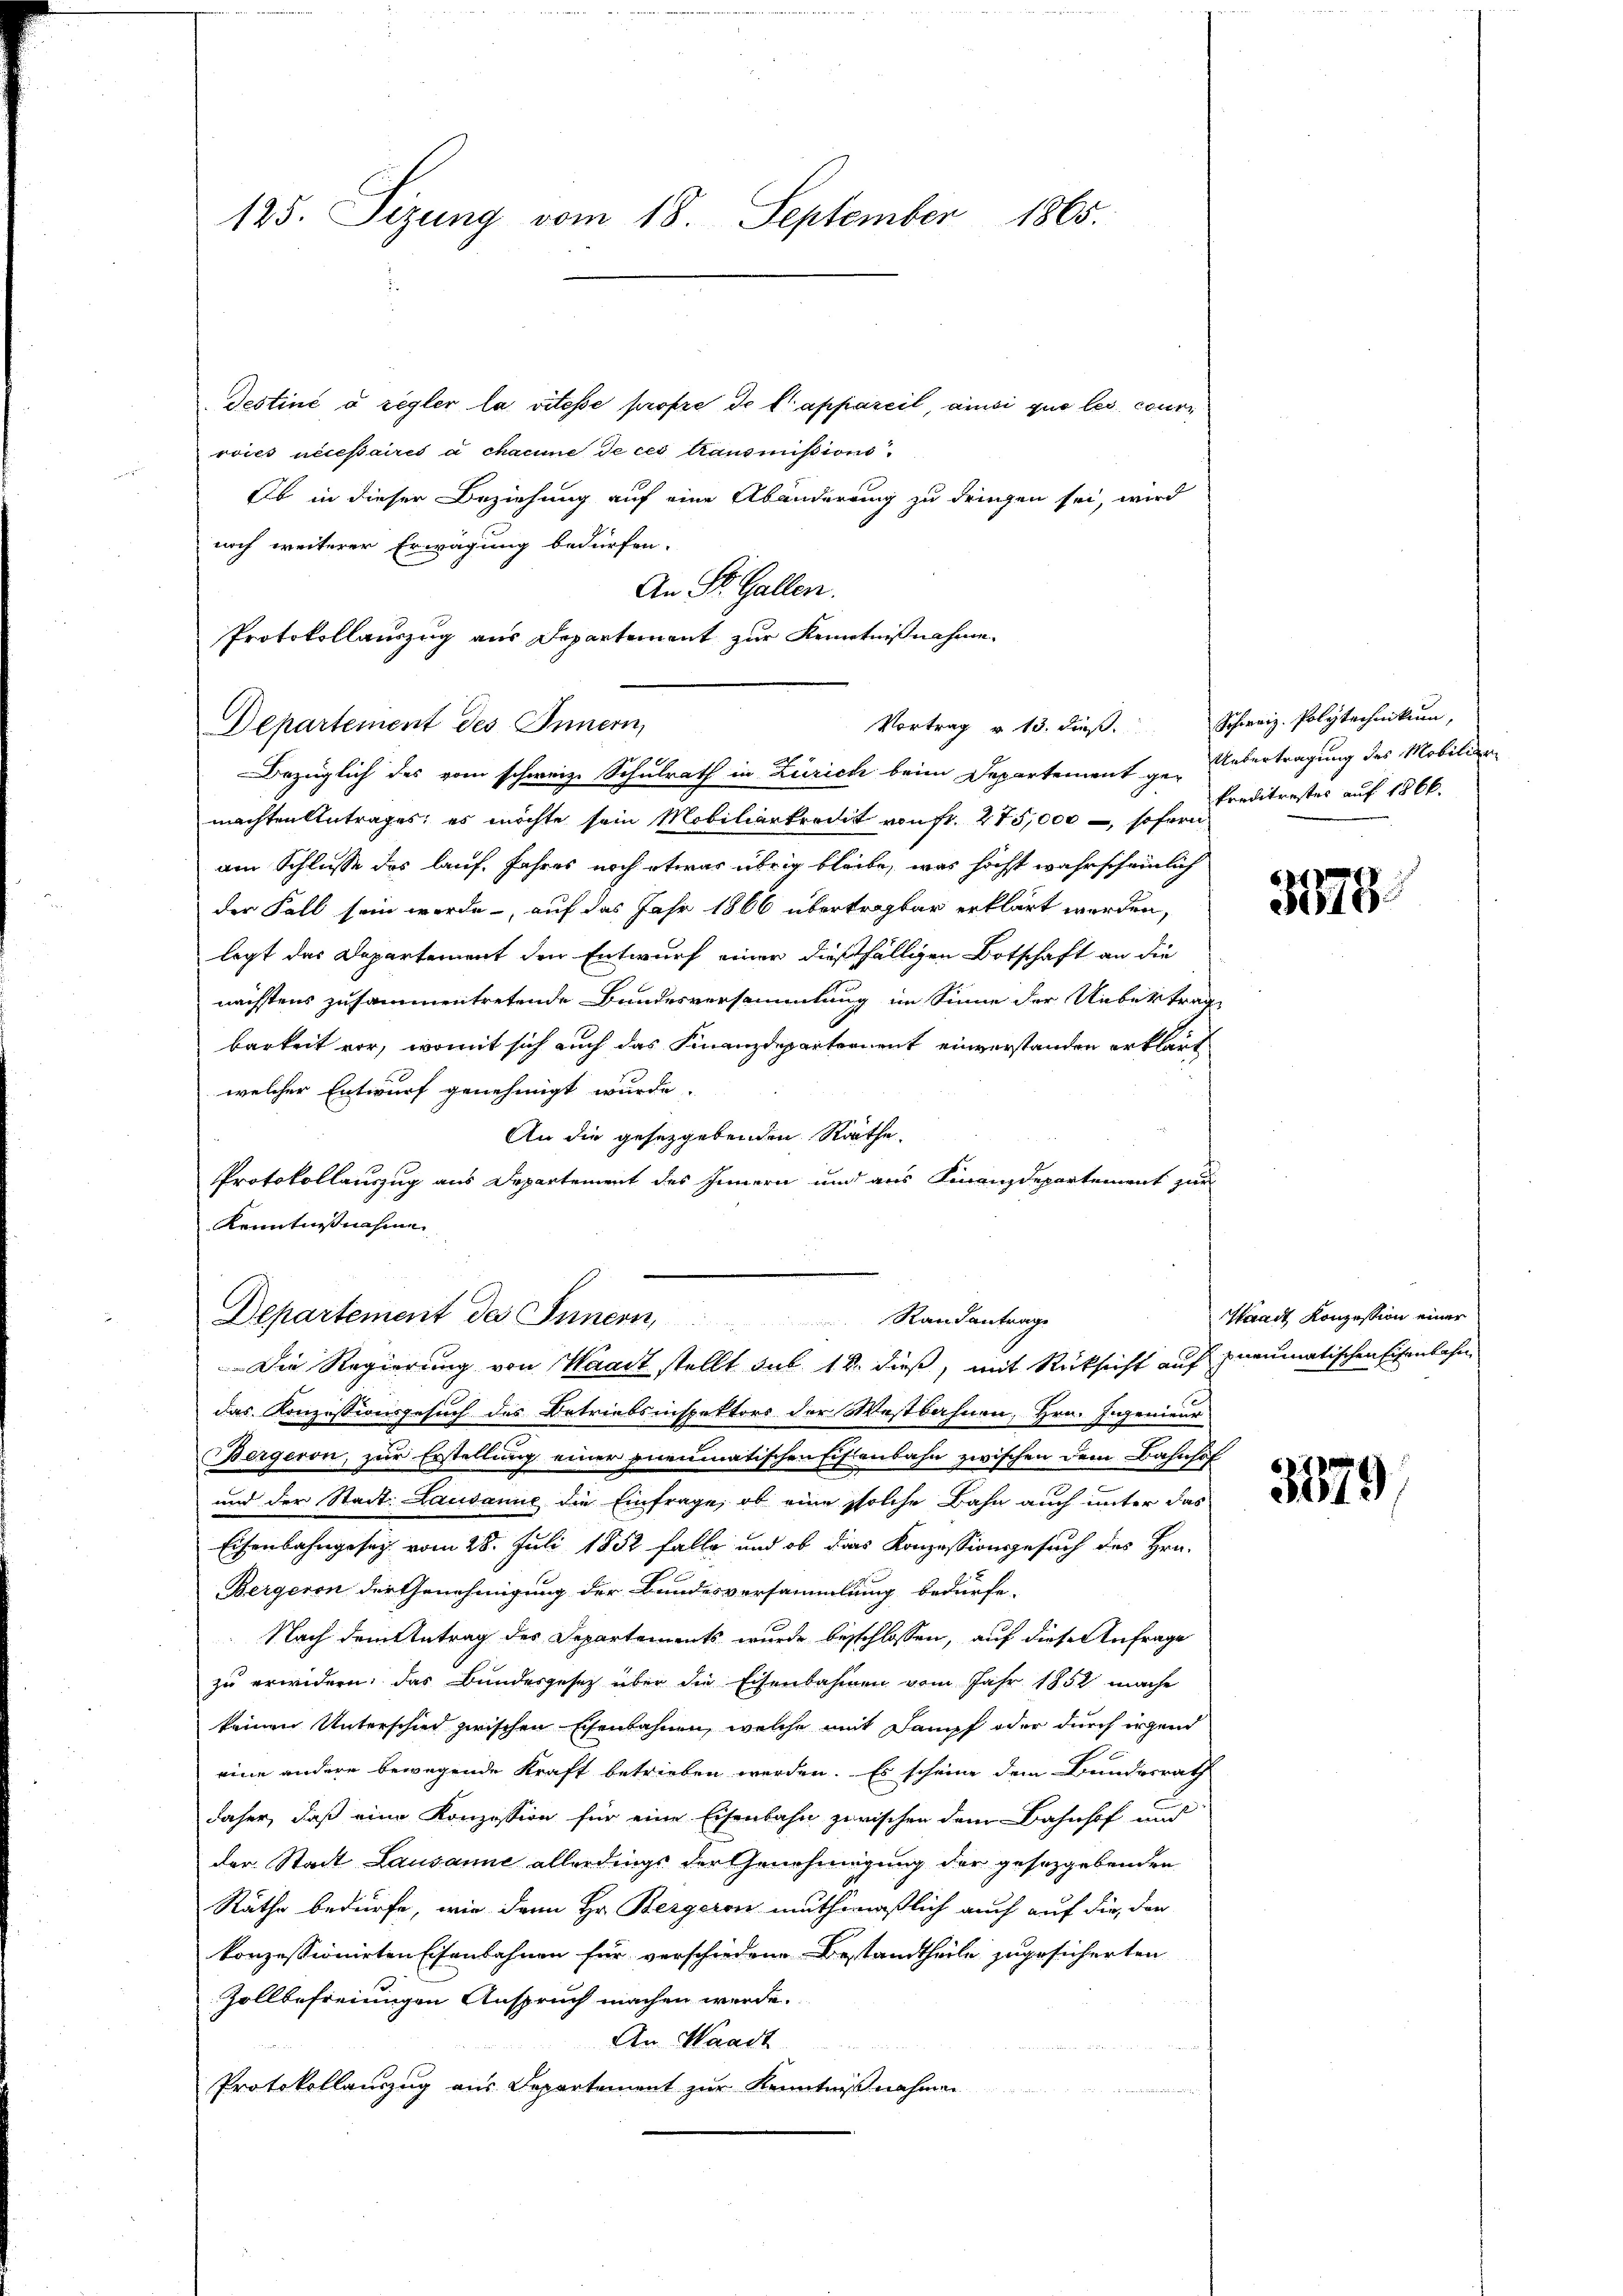
Testiné à regler la vitesse propre de l’appareil, ainsi que les couri
voies necessaires à chacune de ces transmissions
Ob in dieser Beziehung auf eine Abänderung zu dringen sei, wird
noch weiterer Erwägung bedürfen.
An St. Gallen.
Protokollauszug aus Departement zur Kenntnißnahme
Departement des Innern,
Bezüglich des vom schweiz. Schulrath in Zürich beim Departement ge- Übertragung des Mobilienmachten Antrages, es möchte sein Mobiliarkrecht von fr. 275,000 –, sofern
am Schlusse des lauf. Jahres noch etwas übrig bleibe, was höchst wahrscheinlich
der Fall sein werde, auf das Jahr 1866 übertragbar erklärt werden,
legt das Departement den Entwurf einer dießfälligen Botschaft an die
nächstens zusammentretende Bundesversammlung im Sinne der Uebertrag
barkeit vor, womit sich auch das Finanzdepartement einverstanden erklärt
welcher Entwurf genehmigt wurde.
An die gesetzgebenden Räthe.
Protokollauszug aus Departement des Innern und aus Finanzdepartement zur
Kenntnisnahme

125. Sizung vom 18. September 1865.

das Konzessionsgesuch des Betriebsinspektors der Westbahnen, Hrn. Ingenieur
Bergeron, zur Erstellung einer Pneumatischen Eisenbahn zwischen dem Bahnhof
und der Stadt Lausanne die Einfrage, ob eine solche Bahn auch unter das
Eisenbahngesetz vom 28. Juli 1852 falle und ob dies Konzessionsgesuch des Hrn.
Bergeron der Genehmigung der Bundesversammlung bedürfe.
Nach dem Antrag des Departements wurde beschlossen, auf diese Anfrage
zu erwidern, das Bundesgesetz über die Eisenbahnen vom Jahr 1852 mache
keinen Unterschied zwischen Eisenbahnen, welche mit Dampf oder durch irgend
eine andere bewegende Kraft betrieben werden. Es scheine dem Bundesrath
daher, daß eine Konzession für eine Eisenbahn zwischen dem Bahnhof und
der Stadt Lausanne allerdings der Genehmigung der gesetzgebenden
Räthe bedürfe, wie dann Hr. Bergeren muthmaßlich auch auf die der
konzessionirten Eisenbahnen für verschiedene Bestandtheile zugesicherten
Zollbefreiungen Anspruch machen werde.
An Waadt
Protokollauszug aus Departement zur Kenntnißnahmen

Vortrag v. 13. dieß. Schweiz. Polytechnikum,

Departement des Innern, Randantrage
Die Regierung von Waadt stellt sub 14. dieß, mit Rücksicht auf pneumatischen Eisenbahn

kreditrestes auf 1866.

3379.

Waadt Konzession einer

3379